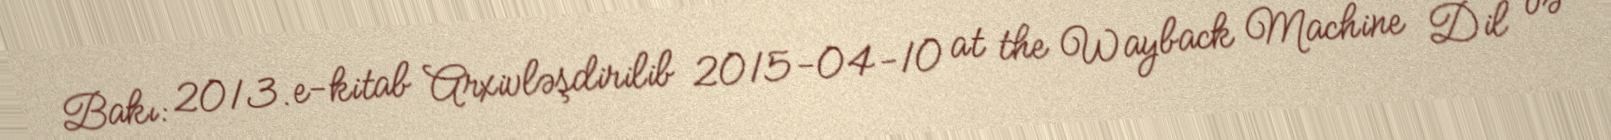
Bakı: 2013. e-kitab Arxivləşdirilib 2015-04-10 at the Wayback Machine Dil və